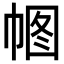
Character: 𢃠